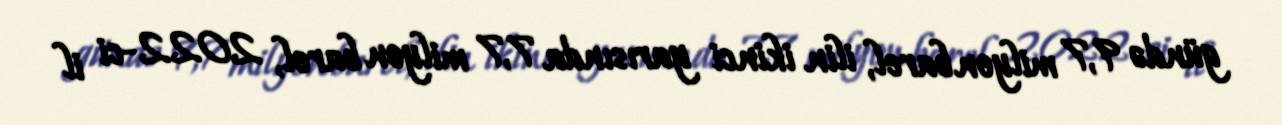
gündə 9,7 milyon barel, ilin ikinci yarısında 7,7 milyon barel, 2022-ci il